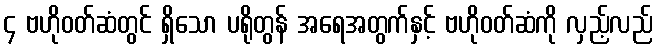
၄ ဗဟိုဝတ်ဆံတွင် ရှိသော ပရိုတွန် အရေအတွက်နှင့် ဗဟိုဝတ်ဆံကို လှည့်လည်